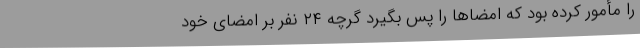
را مأمور کرده بود که امضاها را پس بگیرد گرچه ۲۴ نفر بر امضای خود